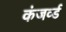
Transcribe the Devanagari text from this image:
कंजर्व्ड